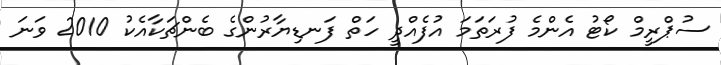
ސުޕްރީމް ކޯޓު އެންމެ ފުރަތަމަ އުފެއްދީ ހަތް ފަނޑިޔާރުންގެ ބެންޗަކާއެކު 2010 ވަނަ